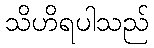
သိဟိရပါသည်